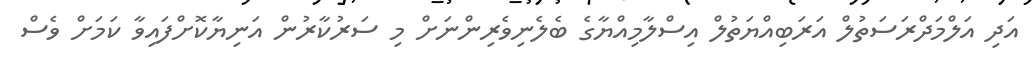
އަދި އަލްމަދްރަސަތުލް އަރަބިއްޔަތުލް އިސްލާމިއްޔާގެ ބެލެނިވެރިންނަށް މި ސަރުކާރުން އަނިޔާކޮށްފައިވާ ކަމަށް ވެސް